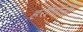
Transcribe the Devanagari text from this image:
हरीणांनी